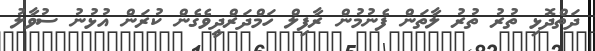
ދަތްދޮޅި ތުރު ތުރު ލާތަން ފެނުމުން ރާފިލް ހަމްދަރްދީވެގެން ކުރަން އުޅުނު ސުވާލު